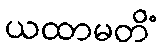
ယထာမတိံ